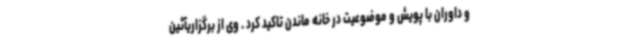
و داوران با پویش و موضوعیت در خانه ماندن تاکید کرد . وی از برگزاریآئین